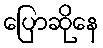
ပြောဆိုနေ